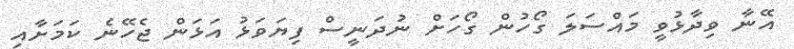
އޭނާ ވިދާޅުވީ މައްސަލަ ގޯހުން ގޯހަށް ނުދަނީސް ފިޔަވަޅު އަޅަން ޖެހޭނެ ކަމަށާއި